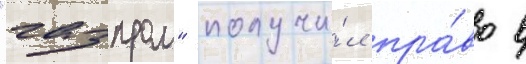
"газпром" получи́л пра́во в